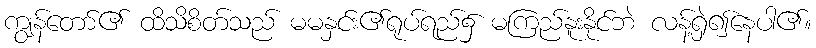
ကျွန်တော်၏ ထိသိစိတ်သည် မမနှင်း၏ရုပ်ရည်၌ မကြည်နူးနိုင်ဘဲ လန့်ရှဲ၍နေပါ၏။